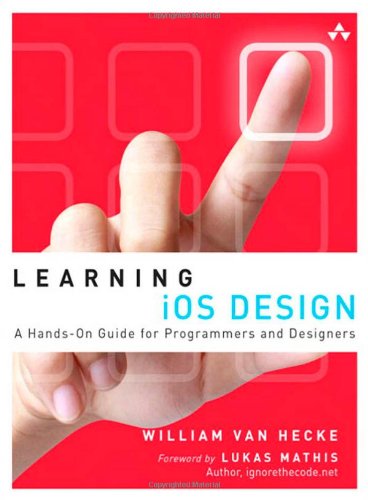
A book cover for Learning iOS Design: A Hands-On Guide for Programmers and Designers; William Van Hecke; Computers & Technology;